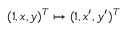
( 1 , x , y ) ^ { T } \mapsto ( 1 , x ^ { \prime } , y ^ { \prime } ) ^ { T }